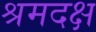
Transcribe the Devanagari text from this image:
श्रमदक्ष